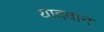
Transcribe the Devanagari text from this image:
यादवान